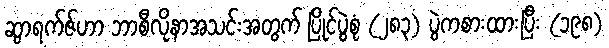
ဆွာရက်ဇ်ဟာ ဘာစီလိုနာအသင်းအတွက် ပြိုင်ပွဲစုံ (၂၈၃) ပွဲကစားထားပြီး (၁၉၈)